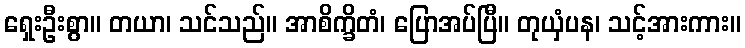
ရှေးဦးစွာ။ တယာ၊ သင်သည်။ အာစိက္ခိတံ၊ ပြောအပ်ပြီ။ တုယှံပန၊ သင့်အားကား။